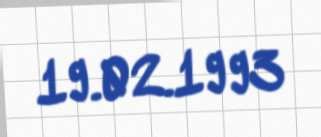
19.02.1993